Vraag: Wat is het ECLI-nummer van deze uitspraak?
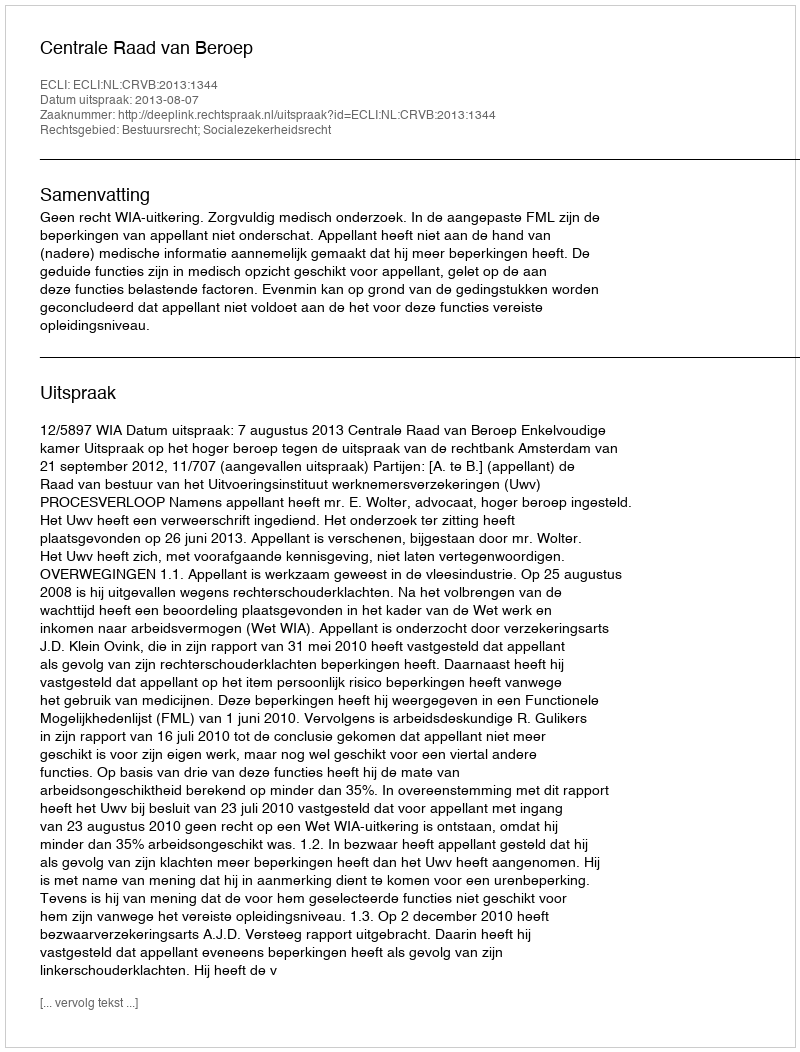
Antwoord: ECLI:NL:CRVB:2013:1344